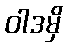
ဝါဒမှိ